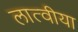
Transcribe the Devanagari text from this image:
लात्वीया